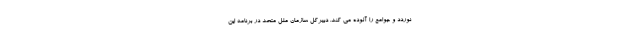
نوردد و جوامع را آلوده می کند. دبیرکل سازمان ملل متحد در برنامه این